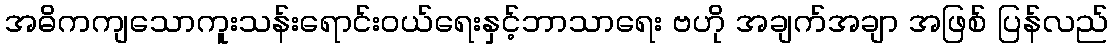
အဓိကကျသောကူးသန်းရောင်းဝယ်ရေးနှင့်ဘာသာရေး ဗဟို အချက်အချာ အဖြစ် ပြန်လည်